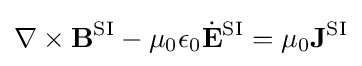
\nabla \times \mathbf {B} ^{\text{SI}}-\mu _{0}\epsilon _{0}{\dot {\mathbf {E} }}^{\text{SI}}=\mu _{0}\mathbf {J} ^{\text{SI}}